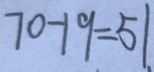
7 0 - 1 9 = 5 1 .